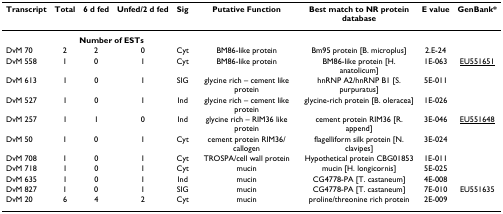
| Transcript | Total | 6 d fed | Unfed/2 d fed | Sig | Putative Function | Best match to NR protein database | E value | GenBank* |
 | --- | --- | --- | --- | --- | --- | --- | --- | --- |
 |  | <COLSPAN=3> Number of ESTs |  |  |  |  |  |
 | DvM 70 | 2 | 2 | 0 | Cyt | BM86-like protein | Bm95 protein [B. microplus] | 2.E-24 |  |
 | DvM 558 | 1 | 0 | 1 | Cyt | BM86-like protein | BM86-like protein [H. anatolicum] | 1E-063 | EU551651 |
 | DvM 613 | 1 | 0 | 1 | SIG | glycine rich – cement like protein | hnRNP A2/hnRNP B1 [S. purpuratus] | 5E-011 |  |
 | DvM 527 | 1 | 0 | 1 | Ind | glycine rich – cement like protein | glycine-rich protein [B. oleracea] | 1E-026 |  |
 | DvM 257 | 1 | 1 | 0 | Ind | glycine rich – RIM36 like protein | cement protein RIM36 [R. append] | 3E-046 | EU551648 |
 | DvM 50 | 1 | 0 | 1 | Cyt | cement protein RIM36/callogen | flagelliform silk protein [N. clavipes] | 3E-024 |  |
 | DvM 708 | 1 | 0 | 1 | Cyt | TROSPA/cell wall protein | Hypothetical protein CBG01853 | 1E-011 |  |
 | DvM 718 | 1 | 0 | 1 | Cyt | mucin | mucin [H. longicornis] | 5E-025 |  |
 | DvM 635 | 1 | 0 | 1 | Ind | mucin | CG4778-PA [T. castaneum] | 4E-008 |  |
 | DvM 827 | 1 | 0 | 1 | SIG | mucin | CG4778-PA [T. castaneum] | 7E-010 | EU551635 |
 | DvM 20 | 6 | 4 | 2 | Cyt | mucin | proline/threonine rich protein | 2E-009 |  |